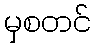
မှစတင်